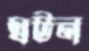
ঘটন